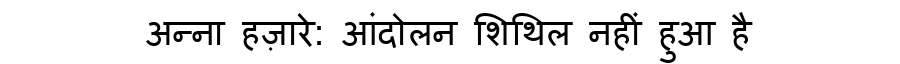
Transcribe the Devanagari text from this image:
अन्ना हज़ारे: आंदोलन शिथिल नहीं हुआ है